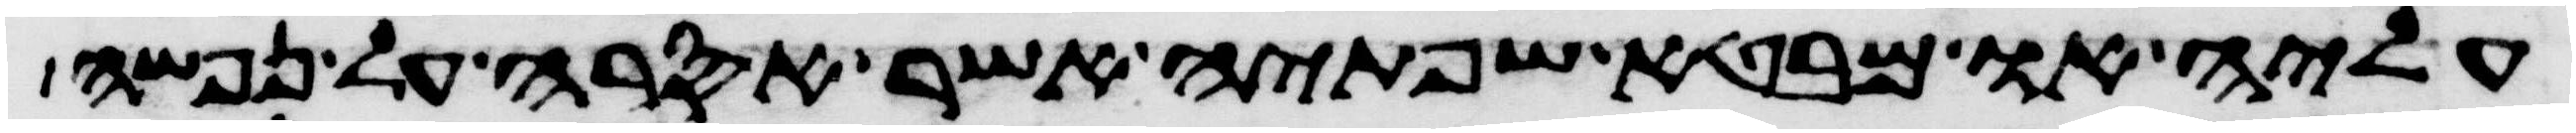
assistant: עליה או מבטא שפתיה אשר אסרה על נפשה